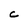
Character: C